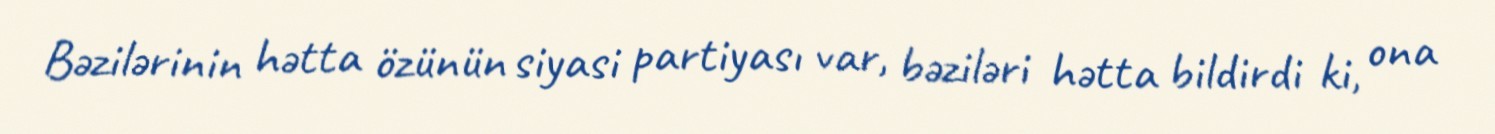
Bəzilərinin hətta özünün siyasi partiyası var, bəziləri hətta bildirdi ki, ona